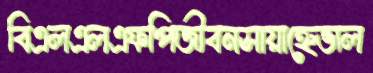
বিএলএলএফপিজীবনসায়াহ্নেভাল